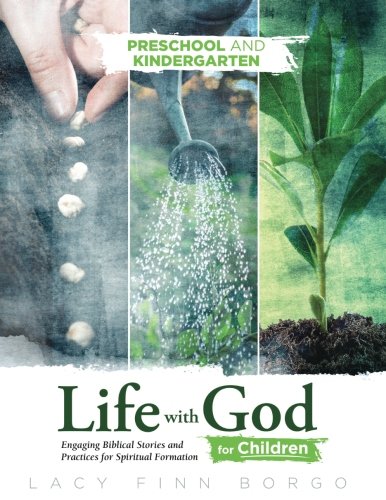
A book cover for Life with God for Children: Preschool and Kindergarten (Volume 1); Lacy Finn Borgo; Christian Books & Bibles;